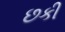
છકી